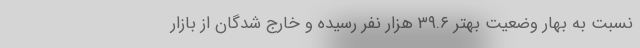
نسبت به بهار وضعیت بهتر ۳۹.۶ هزار نفر رسیده و خارج شدگان از بازار